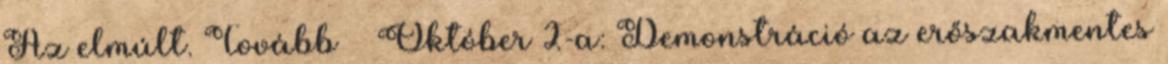
Az elmúlt. Tovább › ›Október 2-a: Demonstráció az erőszakmentes